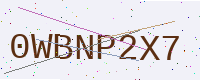
Text: 0WBNP2X7